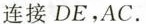
连接DE，AC.